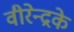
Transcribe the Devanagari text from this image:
वीरेन्द्रके